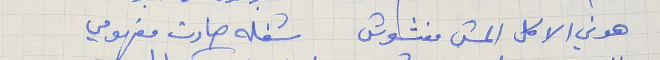
هوني الاكل المش مغشوش    شغله صارت مفهومي